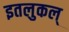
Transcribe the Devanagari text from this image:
इतलुकल्